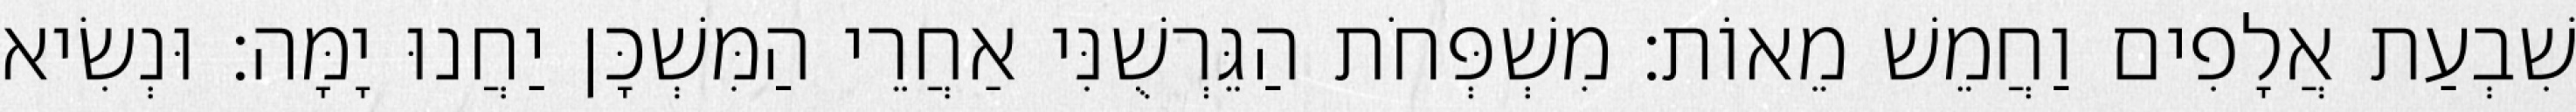
שִׁבְעַת אֲלָפִים וַחֲמֵשׁ מֵאוֹת׃ מִשְׁפְּחֹת הַגֵּרְשֻׁנִּי אַחֲרֵי הַמִּשְׁכָּן יַחֲנוּ יָמָּה׃ וּנְשִׂיא